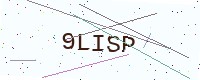
Text: 9LISP